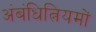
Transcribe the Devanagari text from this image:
अंबंधित्नियमों